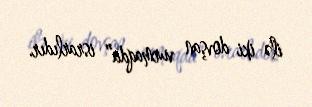
ilə iki dovşan vurmaqda” israrlıdır.